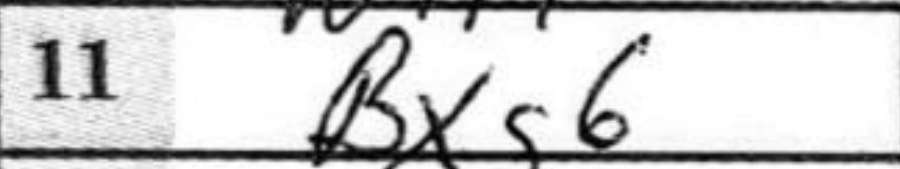
Transcription: Bxg6